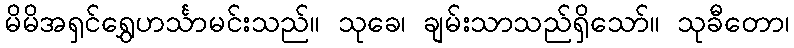
မိမိအရှင်ရွှေဟင်္သာမင်းသည်။ သုခေ၊ ချမ်းသာသည်ရှိသော်။ သုခီတော၊